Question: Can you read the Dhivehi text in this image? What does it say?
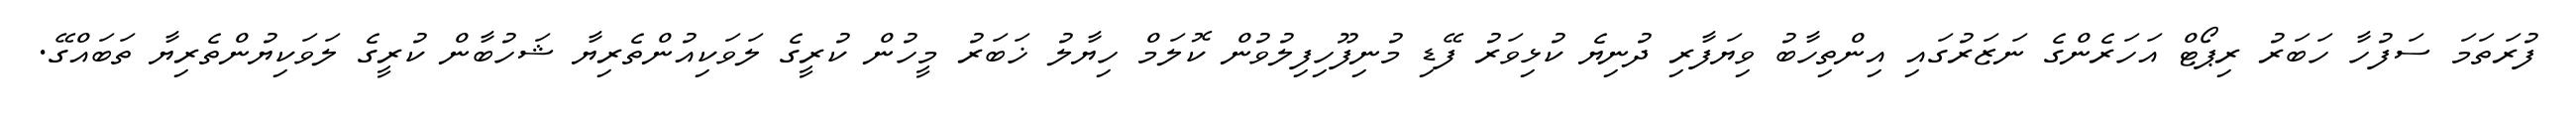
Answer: ފުރަތަމަ ސަފުހާ ހަބަރު ރިޕޯޓް އަހަރެންގެ ނަޒަރުގައި އިންތިހާބު ވިޔަފާރި ދުނިޔެ ކުޅިވަރު ފޭޑި މުނިފޫހިފިލުވުން ކޮލަމް ހިޔާލު ޚަބަރު މީހުން ކުރީގެ ލަވަކިއުންތެރިޔާ ޝަހުބާން ކުރީގެ ލަވަކިޔުންތެރިޔާ ތަބައްގޭ.